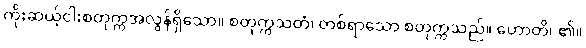
ကိုးဆယ့်ငါးစတုက္ကအလွန်ရှိသော။ စတုက္ကသတံ၊ တစ်ရာသော စတုက္ကသည်။ ဟောတိ၊ ၏။